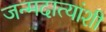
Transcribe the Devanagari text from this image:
जन्मदात्यांशी